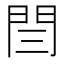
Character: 閆